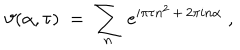
\vartheta ( \alpha , \tau ) \; = \; \sum _ { n } \, e ^ { i \pi \tau n ^ { 2 } \, + \, 2 \pi i n \alpha } \; ,